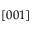
\left[ 0 0 1 \right]